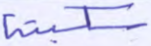
سكينة